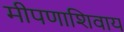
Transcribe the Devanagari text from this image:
मीपणाशिवाय